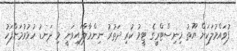
ފުވައްމުލަކަށް ޔޫތު މިނިސްޓްރީގެ ޓީމު ކުރި ދަތުރު ނިންމާލާފައިވަނީ މި ދަނޑު ހުޅުވުމަށްފަހު